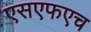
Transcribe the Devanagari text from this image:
एसएफएच